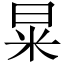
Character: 㫧